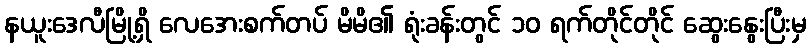
နယူးဒေလီမြို့ရှိ လေအေးစက်တပ် မိမိ၏ ရုံးခန်းတွင် ၁၀ ရက်တိုင်တိုင် ဆွေးနွေးပြီးမှ